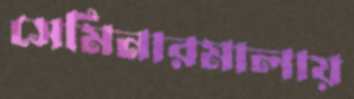
সেমিনারমালায়